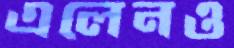
এলেনও